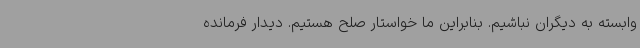
وابسته به دیگران نباشیم. بنابراین ما خواستار صلح هستیم. دیدار فرمانده